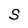
Character: S